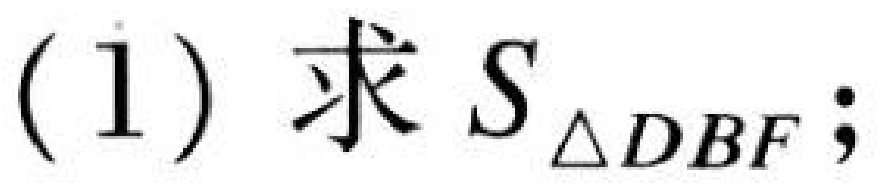
(1) 求\(S_{\triangle DBF}\);